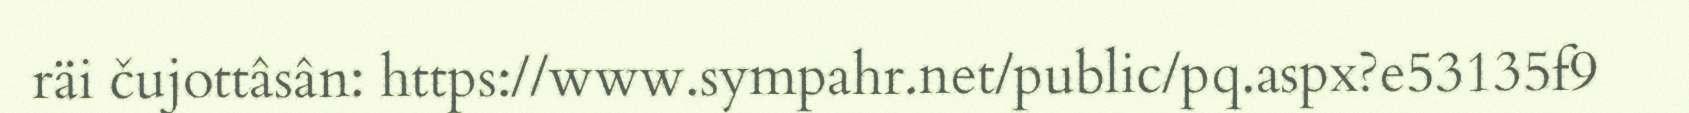
räi čujottâsân: https://www.sympahr.net/public/pq.aspx?e53135f9